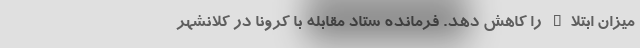
میزان ابتلاء را کاهش دهد. فرمانده ستاد مقابله با کرونا در کلانشهر